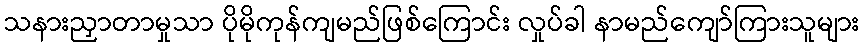
သနားညှာတာမှုသာ ပိုမိုကုန်ကျမည်ဖြစ်ကြောင်း လှုပ်ခါ နာမည်ကျော်ကြားသူများ